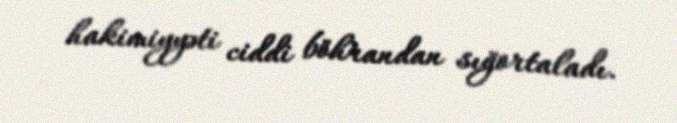
hakimiyyəti ciddi böhrandan sığortaladı.